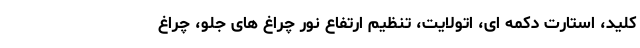
کلید، استارت دکمه ای، اتولایت، تنظیم ارتفاع نور چراغ های جلو، چراغ